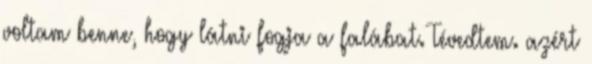
voltam benne, hogy látni fogja a falábat. Tévedtem. azért